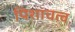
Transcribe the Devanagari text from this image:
पिशाचत्व